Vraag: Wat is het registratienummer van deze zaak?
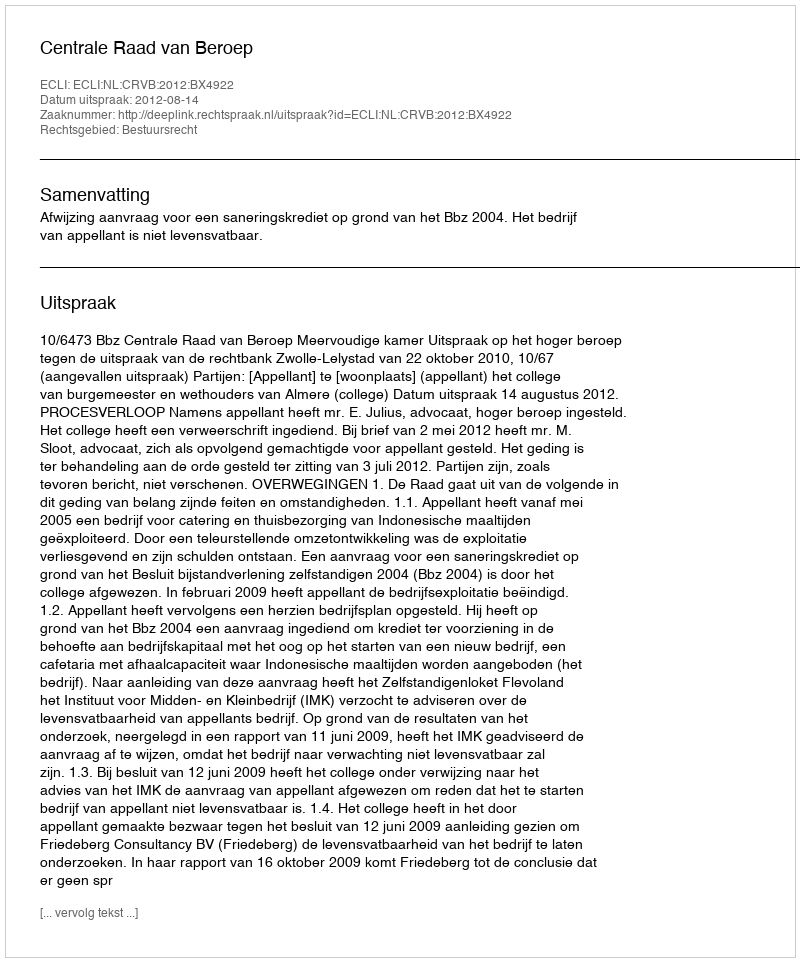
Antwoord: http://deeplink.rechtspraak.nl/uitspraak?id=ECLI:NL:CRVB:2012:BX4922